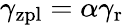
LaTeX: \gamma_{\mathrm{zpl}}=\alpha\gamma_{\mathrm{r}}